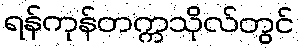
ရန်ကုန်တက္ကသိုလ်တွင်